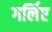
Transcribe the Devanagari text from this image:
गर्लिए